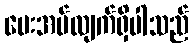
ပေးအပ်လျက်ရှိပါသည်